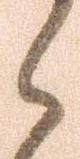
ら